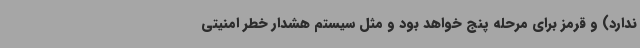
ندارد) و قرمز برای مرحله پنج خواهد بود و مثل سیستم هشدار خطر امنیتی